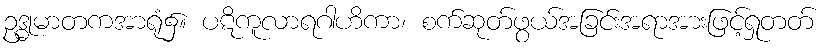
ဥဒ္ဓုမာတကအာရုံ၌။ ပဋိကူလာရဂါဟိကာ၊ စက်ဆုတ်ဖွယ်အခြင်းအရာအားဖြင့်ရှုတတ်